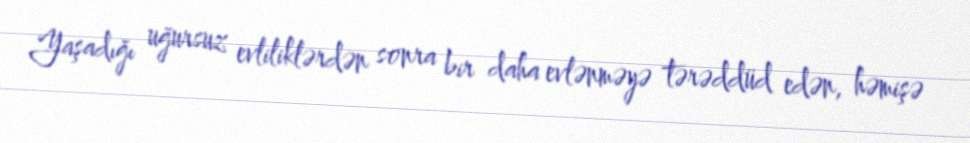
Yaşadığı uğursuz evliliklərdən sonra bir daha evlənməyə tərəddüd edən, həmişə